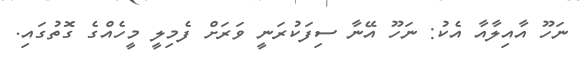
ނަހޫ އާއިލާއާ އެކު: ނަހޫ އޭނާ ސިފަކުރަނީ ވަރަށް ފެމިލީ މީހެއްގެ ގޮތުގައި.